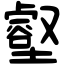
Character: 壑